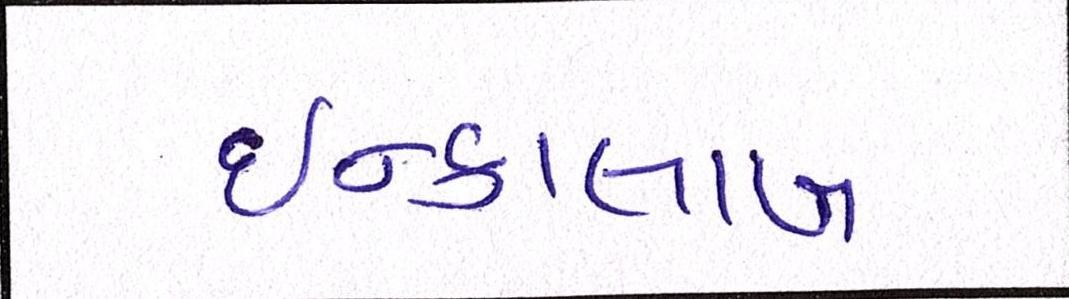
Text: ઇન્કાલાબ